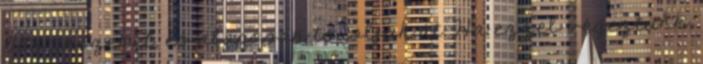
bőr részeket, és alaposan töröljük át. Ha ezzel végeztünk,